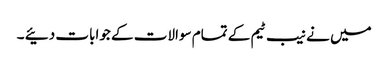
میں نے نیب ٹیم کے تمام سوالات کے جوابات دئیے ۔